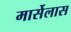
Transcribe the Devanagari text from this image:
मार्सेलास